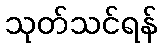
သုတ်သင်ရန်